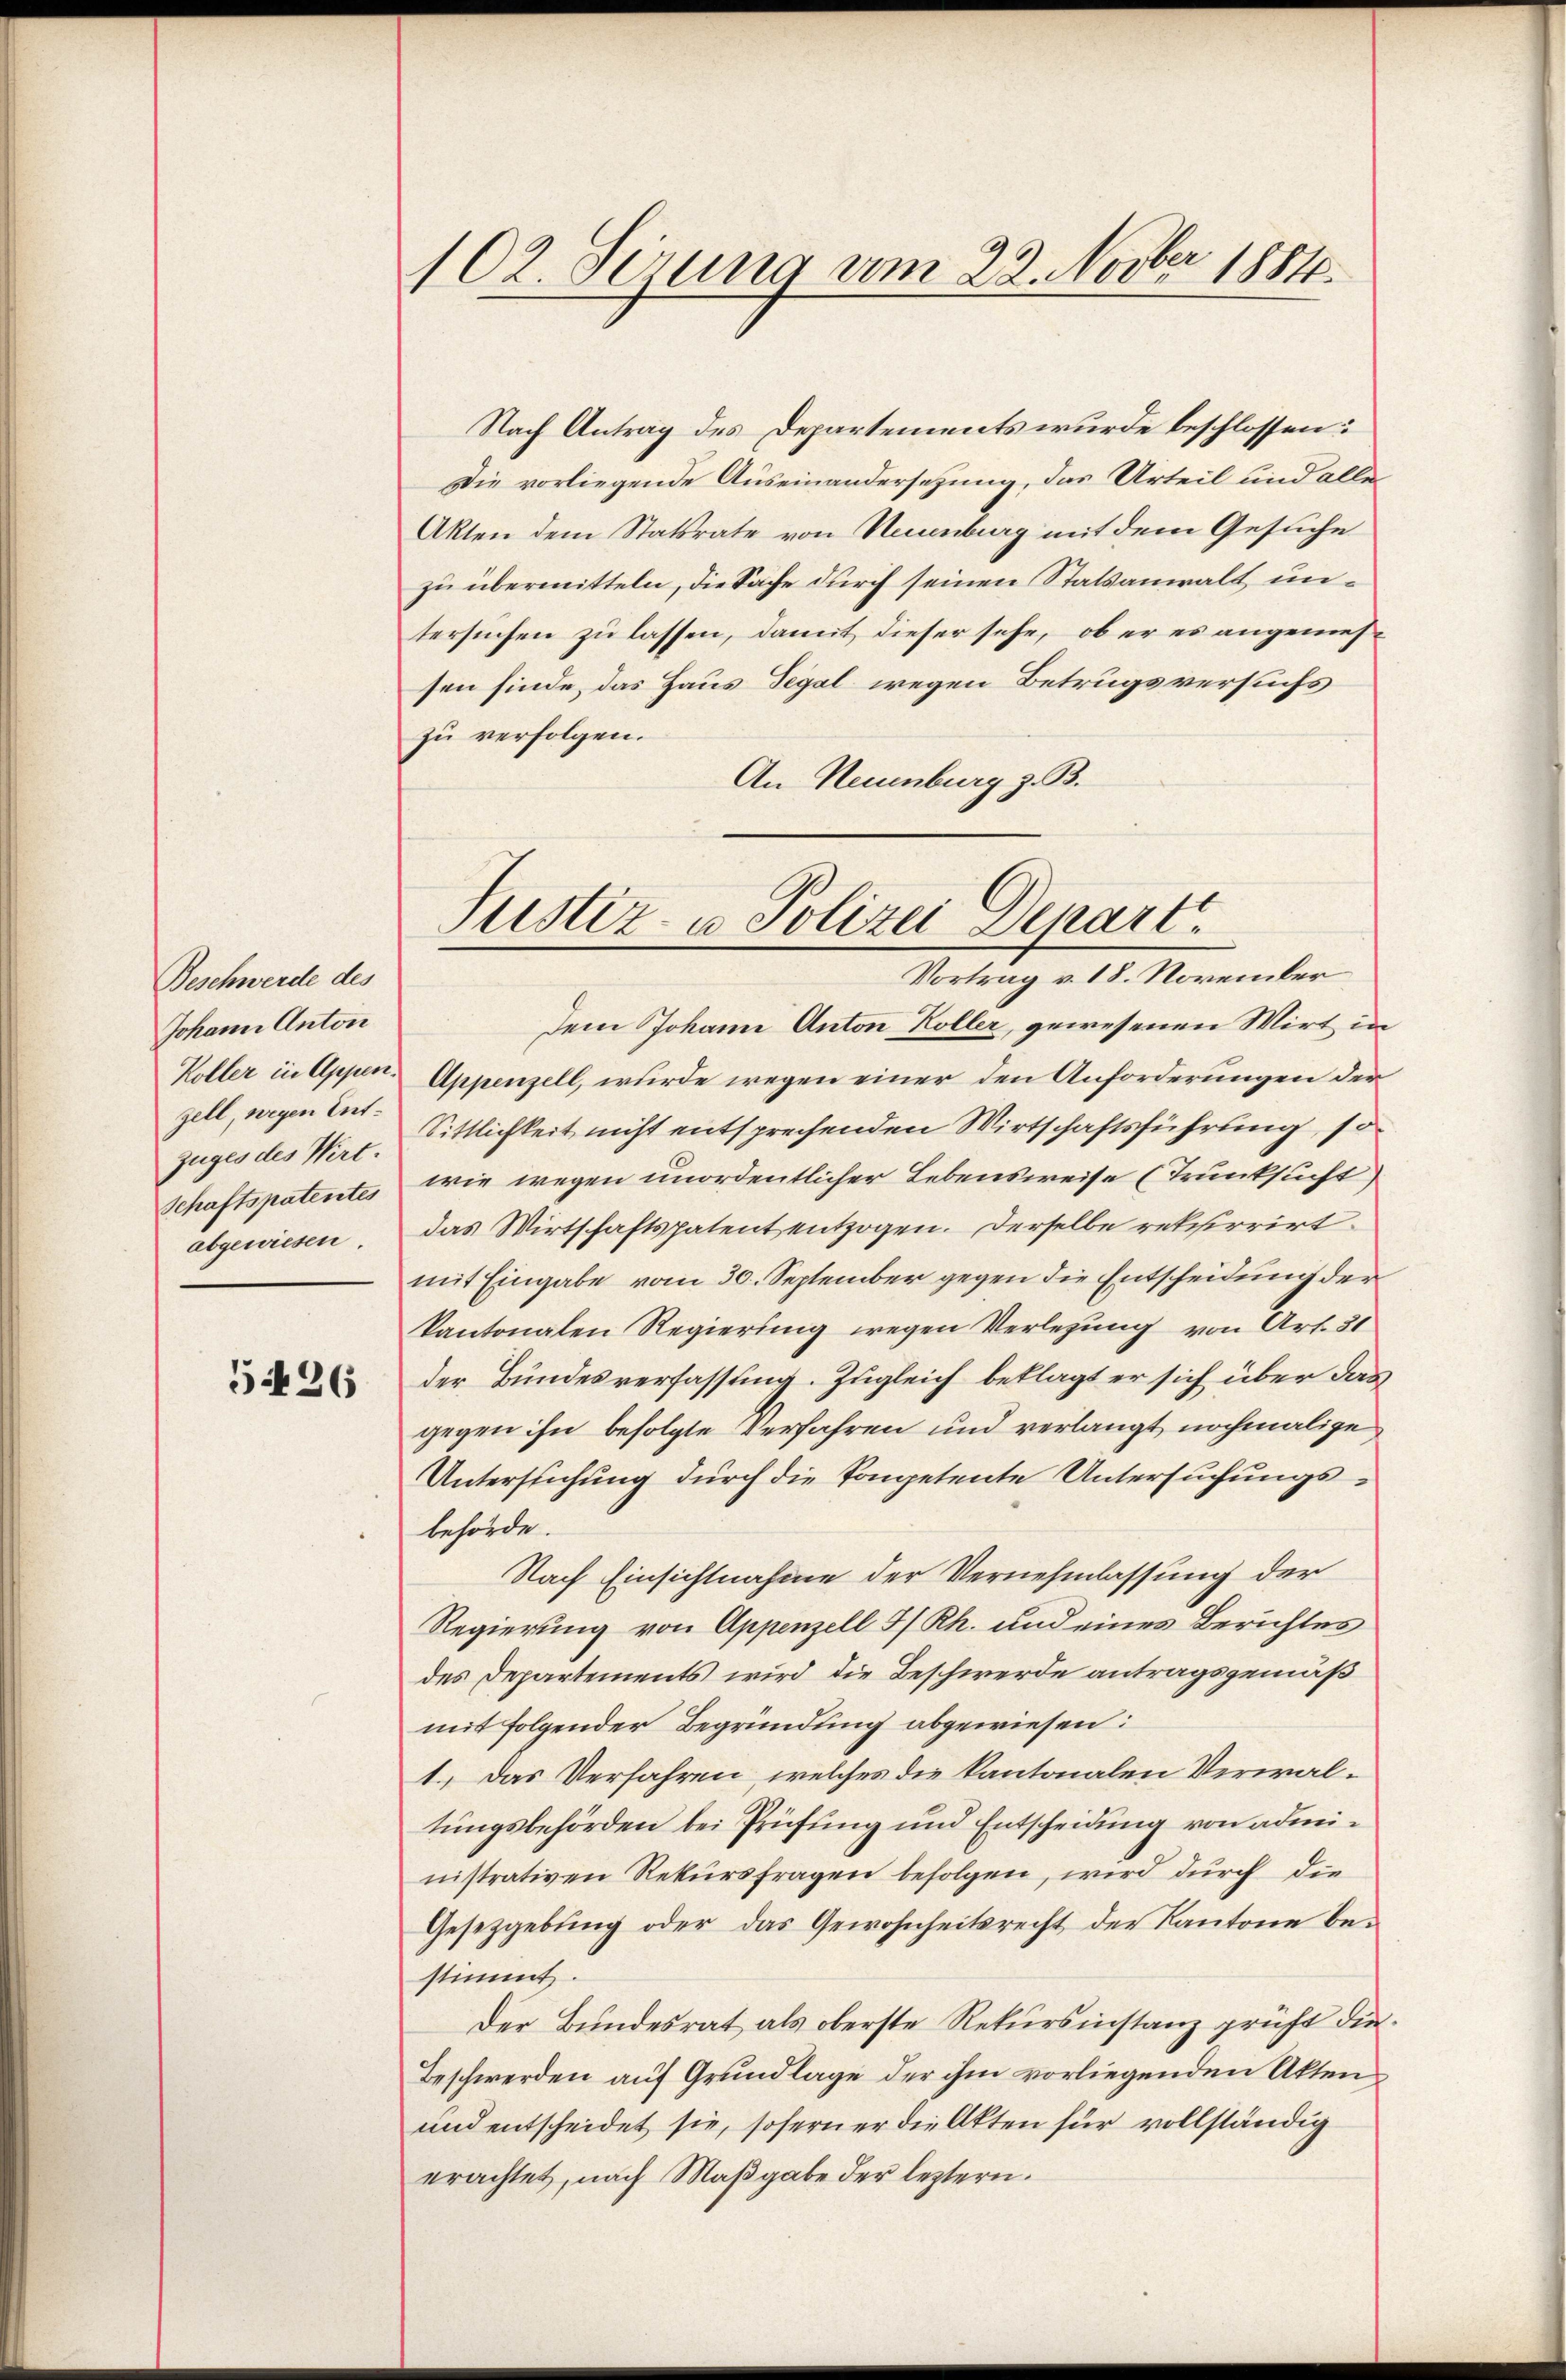
Beschwerde des
Johann Anton
zell, wegen Entzuges des Wirt.
abgewiesen

5426

102. Sezung vom 22. Novber 1884.

Nach Antrag des Departements wurde beschlossen:
Die vorliegende Auseinandersetzung, das Urteil und alle
Akten dem Statsrate von Neuenburg mit dem Gesuche
zu übermitteln, die Sache durch seinen Statsanwalt untersuchen zu lassen, damit dieser sehe, ob er es angemessen finde, das Haus Tegel wegen Betrugsversuchs
zu verfolgen.
An Neuenburg z. B.

Dem Johann Anton Koller, gewesenen Wirt in
Koller in Appen. Appenzell, wurde wegen einer den Anforderungen der
Sittlichkeit nicht entsprechenden Wirtschaftsführung, d
Schaftspatentes wie wegen unordentlicher Lebensweise (Trunksucht
das Wirtschaftspatent entzogen. Derselbe rekurrirt
mit Eingabe vom 30. September gegen die Entscheidung der
kantonalen Regierung wegen Verlegung von Art. 31
der Bundesverfassung. Zugleich beklagt er sich über das
gegen ihn befolgte Verfahren und verlangt nochmalige
Untersuchung durch die Kompetente Untersuchungsbehörde.
Nach Einsichtnahme der Vernehmlassung der
Regierung von Appenzell I/Rh. und eines Berichtes
des Departements wird die Beschwerde antragsgemäß
mit folgender Begründung abgewiesen:
1. Das Verfahren, welches die kantonalen Verwaltungsbehörden bei Prüfung und Entscheidung von administrativen Rekŭrsfragen befolgen, wird durch die
Gesetzgebung oder das Gewohnheitsrecht der Kantone bestimmt.
Der Bundesrat als oberste Rekursinstanz prüft die¬
Beschwerden auf Grundlage der ihm vorliegenden Akten¬
und entscheidet sie, sofern er die Akten für vollständig
erachtet, nach Maßgabe der leztern.

Justiz- u Polizei Depart.
Vortrag v. 18. November